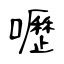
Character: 嚦